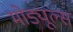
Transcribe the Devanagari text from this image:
मोड्यूल्स